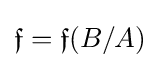
{\mathfrak {f}}={\mathfrak {f}}(B/A)